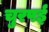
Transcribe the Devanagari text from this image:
चुरपई